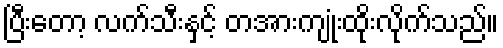
ပြီးတော့ လက်သီးနှင့် တအားကျုံးထိုးလိုက်သည်။